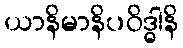
ယာနိမာနိပဝိဒ္ဓါနိ